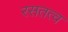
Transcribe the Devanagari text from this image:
रसतत्व